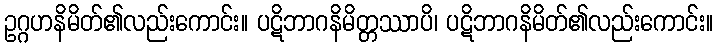
ဥဂ္ဂဟနိမိတ်၏လည်းကောင်း။ ပဋိဘာဂနိမိတ္တဿာပိ၊ ပဋိဘာဂနိမိတ်၏လည်းကောင်း။